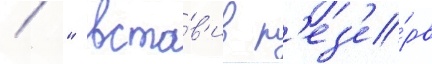
/ " вста́в'ив р'ез'е́рв